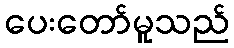
ပေးတော်မူသည်